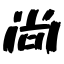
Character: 尚